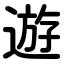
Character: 遊